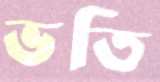
ভতি